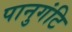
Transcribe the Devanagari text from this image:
पानुगंटि